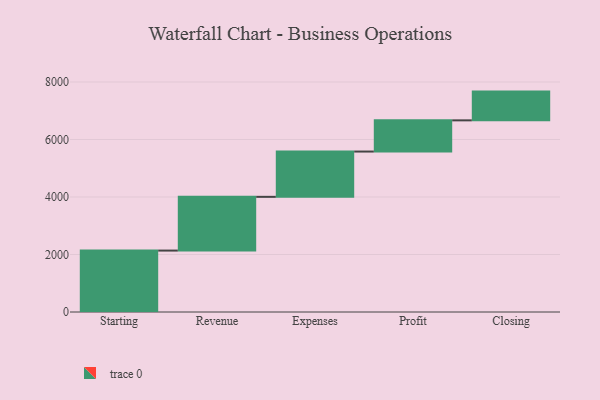
{"axis": {"x": "Step", "y": "Value"}, "legend": [""], "data": [{"x": "Starting", "y": 2136.0, "type": ""}, {"x": "Revenue", "y": 1869.0, "type": ""}, {"x": "Expenses", "y": 1575.0, "type": ""}, {"x": "Profit", "y": 1085.0, "type": ""}, {"x": "Closing", "y": 1000, "type": ""}]}